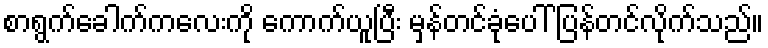
စာရွက်ခေါက်ကလေးကို ကောက်ယူပြီး မှန်တင်ခုံပေါ် ပြန်တင်လိုက်သည်။